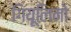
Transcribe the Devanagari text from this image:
गियूलिनो